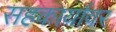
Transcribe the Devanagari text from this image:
सहकार्यावर